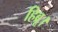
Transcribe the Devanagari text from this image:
हिब्रू।